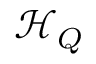
{ \mathcal { H } } _ { Q }